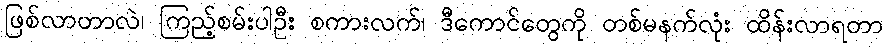
ဖြစ်လာတာလဲ၊ ကြည့်စမ်းပါဦး စကားလက်၊ ဒီကောင်တွေကို တစ်မနက်လုံး ထိန်းလာရတာ